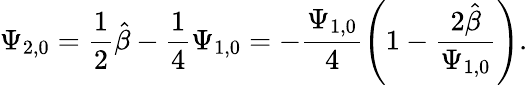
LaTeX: \Psi_{2,0}=\frac{1}{2}\hat{\beta}-\frac{1}{4}\Psi_{1,0}=-\frac{\Psi_{1,0}}{4}\left(1-\frac{2\hat{\beta}}{\Psi_{1,0}}\right).